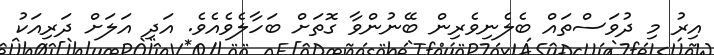
އިރު މި ދުވަސްތައް ބެލެނިވެރިން ބޭނުންވާ ގޮތަށް ބަހާލެވެއެވެ. އަދި އަލަށް ދަރިއަކު